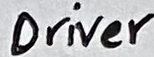
Text: Driver